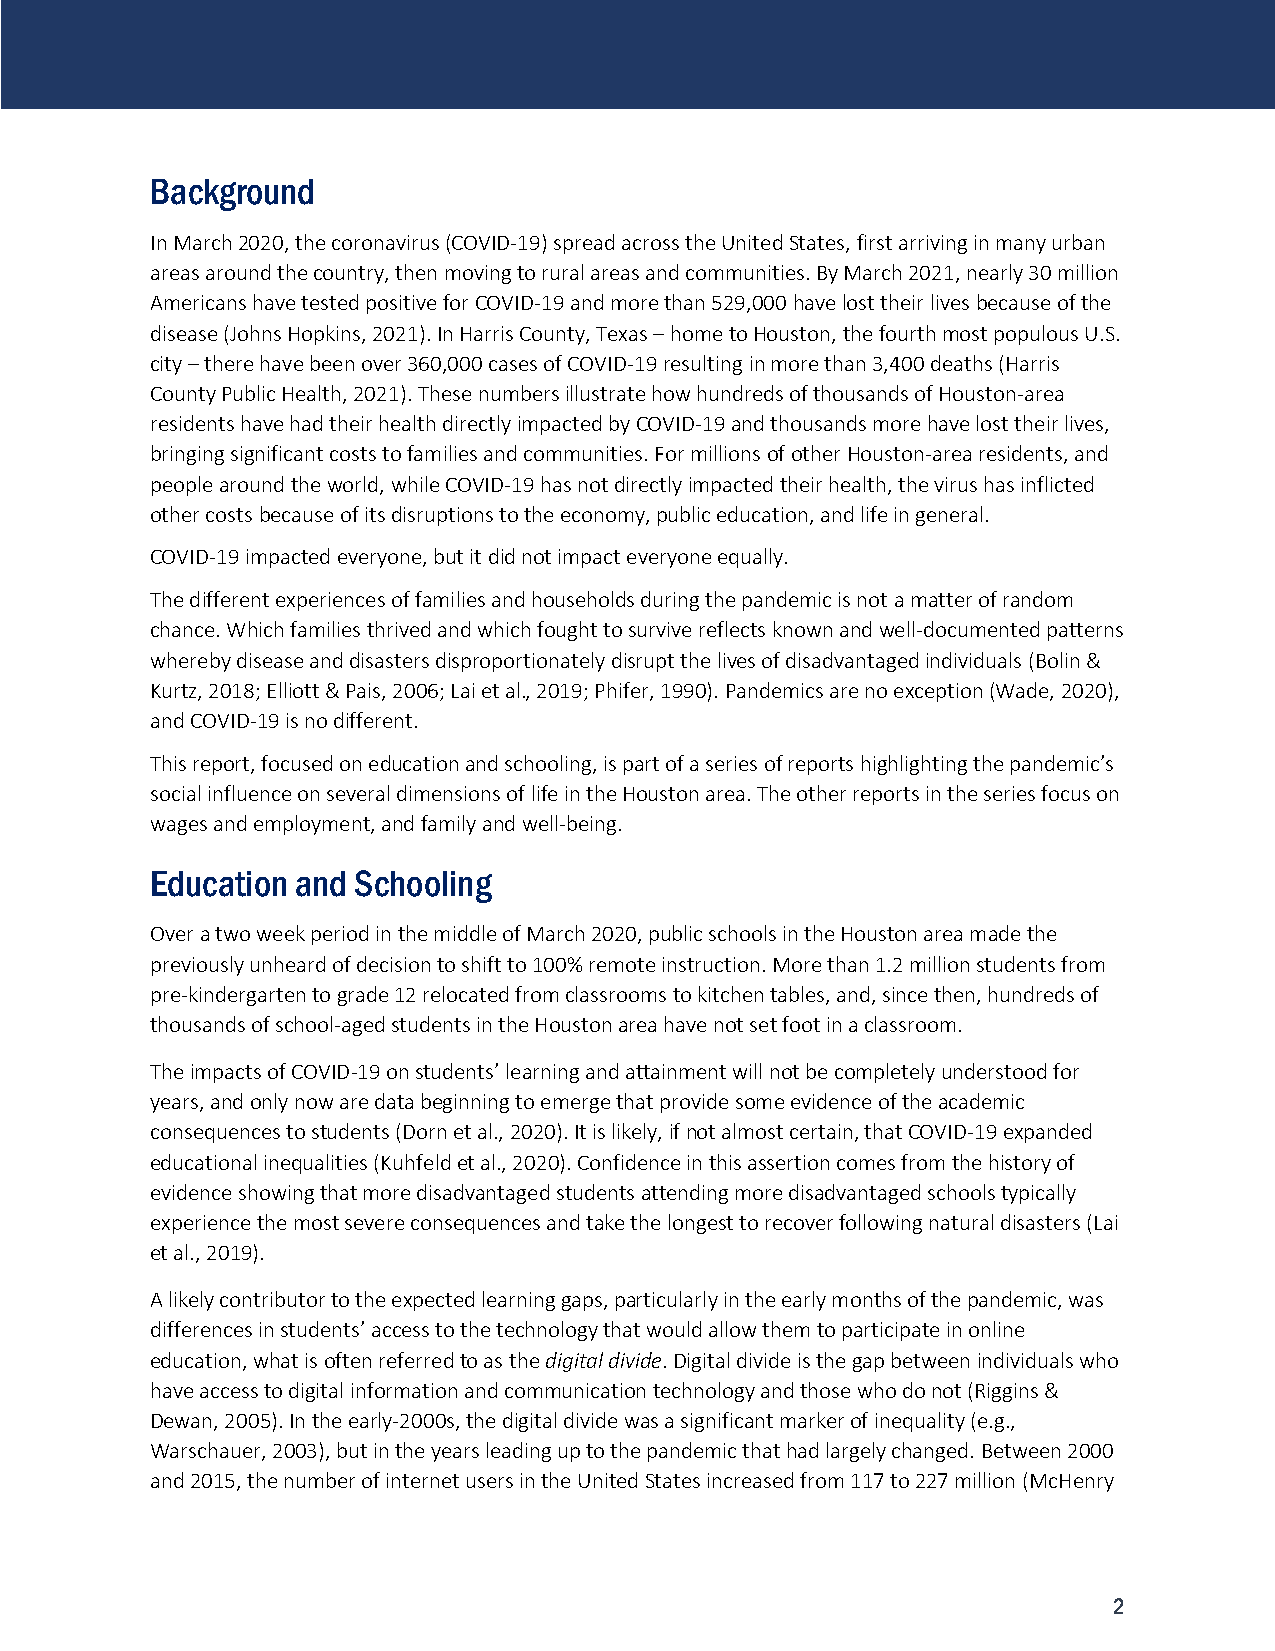
Background
 In March 2020, the coronavirus (COVID-19) spread across the United States, first arriving in many urban
 areas around the country, then moving to rural areas and communities. By March 2021, nearly 30 million
 Americans have tested positive for COVID-19 and more than 529,000 have lost their lives because of the
 disease (Johns Hopkins, 2021). In Harris County, Texas – home to Houston, the fourth most populous U.S.
 city – there have been over 360,000 cases of COVID-19 resulting in more than 3,400 deaths (Harris
 County Public Health, 2021). These numbers illustrate how hundreds of thousands of Houston-area
 residents have had their health directly impacted by COVID-19 and thousands more have lost their lives,
 bringing significant costs to families and communities. For millions of other Houston-area residents, and
 people around the world, while COVID-19 has not directly impacted their health, the virus has inflicted
 other costs because of its disruptions to the economy, public education, and life in general.
 COVID-19 impacted everyone, but it did not impact everyone equally.
 The different experiences of families and households during the pandemic is not a matter of random
 chance. Which families thrived and which fought to survive reflects known and well-documented patterns
 whereby disease and disasters disproportionately disrupt the lives of disadvantaged individuals (Bolin &
 Kurtz, 2018; Elliott & Pais, 2006; Lai et al., 2019; Phifer, 1990). Pandemics are no exception (Wade, 2020),
 and COVID-19 is no different.
 This report, focused on education and schooling, is part of a series of reports highlighting the pandemic’s
 social influence on several dimensions of life in the Houston area. The other reports in the series focus on
 wages and employment, and family and well-being.
 Education and Schooling
 Over a two week period in the middle of March 2020, public schools in the Houston area made the
 previously unheard of decision to shift to 100% remote instruction. More than 1.2 million students from
 pre-kindergarten to grade 12 relocated from classrooms to kitchen tables, and, since then, hundreds of
 thousands of school-aged students in the Houston area have not set foot in a classroom.
 The impacts of COVID-19 on students’ learning and attainment will not be completely understood for
 years, and only now are data beginning to emerge that provide some evidence of the academic
 consequences to students (Dorn et al., 2020). It is likely, if not almost certain, that COVID-19 expanded
 educational inequalities (Kuhfeld et al., 2020). Confidence in this assertion comes from the history of
 evidence showing that more disadvantaged students attending more disadvantaged schools typically
 experience the most severe consequences and take the longest to recover following natural disasters (Lai
 et al., 2019).
 A likely contributor to the expected learning gaps, particularly in the early months of the pandemic, was
 differences in students’ access to the technology that would allow them to participate in online
 education, what is often referred to as the digital divide. Digital divide is the gap between individuals who
 have access to digital information and communication technology and those who do not (Riggins &
 Dewan, 2005). In the early-2000s, the digital divide was a significant marker of inequality (e.g.,
 Warschauer, 2003), but in the years leading up to the pandemic that had largely changed. Between 2000
 and 2015, the number of internet users in the United States increased from 117 to 227 million (McHenry
 2